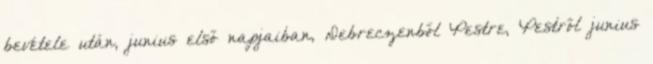
bevétele után, junius első napjaiban, Debreczenből Pestre, Pestről junius